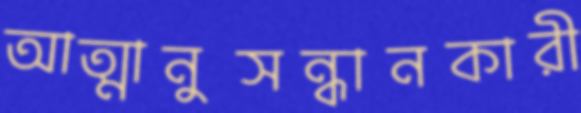
আত্মানুসন্ধানকারী